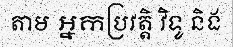
តាម អ្នកប្រវត្តិ វិទូ និង